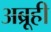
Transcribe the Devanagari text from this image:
अब्रूही